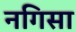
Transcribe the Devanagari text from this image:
नगिसा